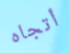
أتجاه